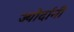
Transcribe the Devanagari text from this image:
ज्योर्दानी